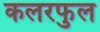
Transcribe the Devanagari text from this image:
कलरफुल